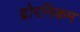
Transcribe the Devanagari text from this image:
द्वोरनिकम